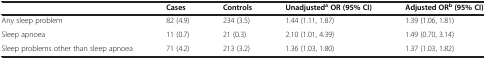
|  | Cases | Controls | UnadjustedaOR (95% CI) | Adjusted ORb(95% CI) |
 | --- | --- | --- | --- | --- |
 | Any sleep problem | 82 (4.9) | 234 (3.5) | 1.44 (1.11, 1.87) | 1.39 (1.06, 1.81) |
 | Sleep apnoea | 11 (0.7) | 21 (0.3) | 2.10 (1.01, 4.39) | 1.49 (0.70, 3.14) |
 | Sleep problems other than sleep apnoea | 71 (4.2) | 213 (3.2) | 1.36 (1.03, 1.80) | 1.37 (1.03, 1.82) |